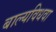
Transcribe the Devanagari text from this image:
बाल्यविधवा